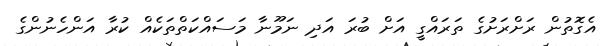
އެގޮތުން ރަށްރަށުގެ ތަރައްގީ އަށް ބުރަ އަދި ނަމޫނާ މަސައްކަތްތަކެއް ކުރާ އަންހެނުންގެ